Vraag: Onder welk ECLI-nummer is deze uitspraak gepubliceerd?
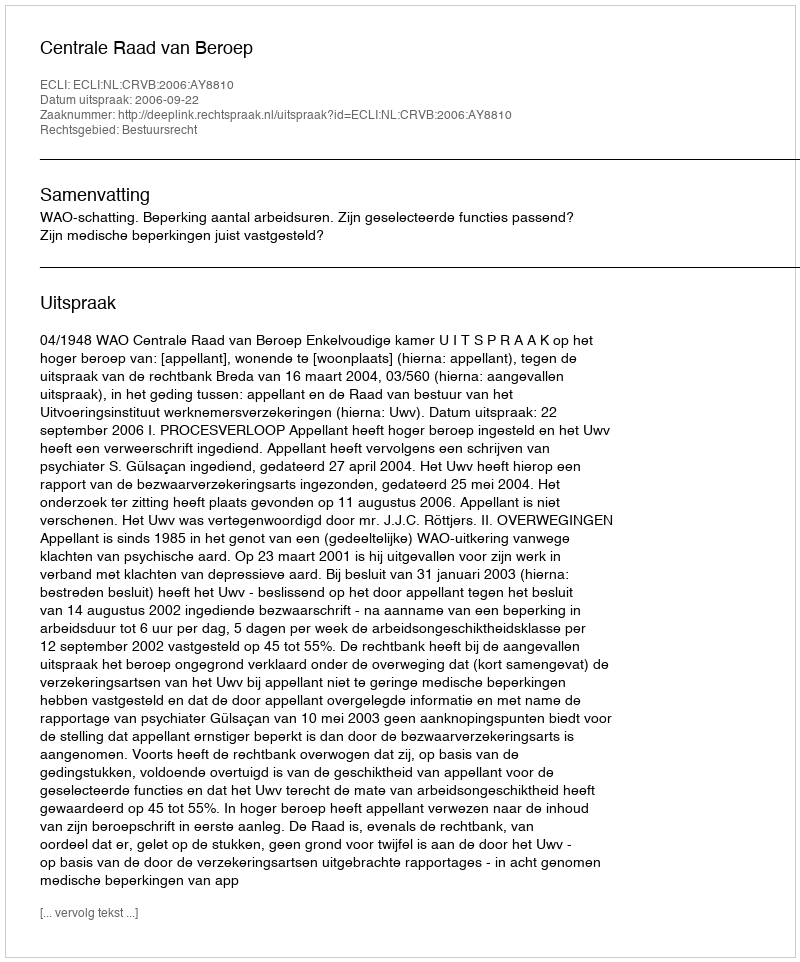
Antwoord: ECLI:NL:CRVB:2006:AY8810